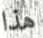
هذا